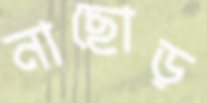
নাছোড়